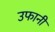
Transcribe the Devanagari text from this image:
उफानी